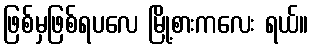
ဖြစ်မှဖြစ်ရပလေ မြို့စားကလေး ရယ်။